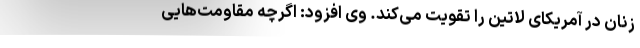
زنان در آمریکای لاتین را تقویت می‌کند. وی افزود: اگرچه مقاومت‌هایی